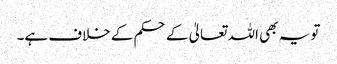
تو یہ بھی اللہ تعالیٰ کے حکم کے خلاف ہے۔